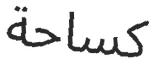
كساحة